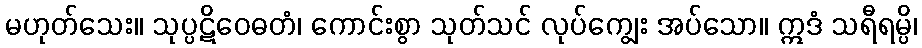
မဟုတ်သေး။ သုပ္ပဋိဝေဓတံ၊ ကောင်းစွာ သုတ်သင် လုပ်ကျွေး အပ်သော။ ဣဒံ သရီရမ္ပိ၊